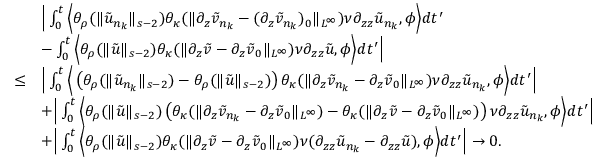
\begin{array} { r l } & { \Big | \int _ { 0 } ^ { t } \Big \langle \theta _ { \rho } ( \| \tilde { u } _ { n _ { k } } \| _ { s - 2 } ) \theta _ { \kappa } ( \| \partial _ { z } \tilde { v } _ { n _ { k } } - ( \partial _ { z } \tilde { v } _ { n _ { k } } ) _ { 0 } \| _ { L ^ { \infty } } ) \nu \partial _ { z z } \tilde { u } _ { n _ { k } } , \phi \Big \rangle d t ^ { \prime } } \\ & { - \int _ { 0 } ^ { t } \Big \langle \theta _ { \rho } ( \| \tilde { u } \| _ { s - 2 } ) \theta _ { \kappa } ( \| \partial _ { z } \tilde { v } - \partial _ { z } \tilde { v } _ { 0 } \| _ { L ^ { \infty } } ) \nu \partial _ { z z } \tilde { u } , \phi \Big \rangle d t ^ { \prime } \Big | } \\ { \leq } & { \Big | \int _ { 0 } ^ { t } \Big \langle \left( \theta _ { \rho } ( \| \tilde { u } _ { n _ { k } } \| _ { s - 2 } ) - \theta _ { \rho } ( \| \tilde { u } \| _ { s - 2 } ) \right) \theta _ { \kappa } ( \| \partial _ { z } \tilde { v } _ { n _ { k } } - \partial _ { z } \tilde { v } _ { 0 } \| _ { L ^ { \infty } } ) \nu \partial _ { z z } \tilde { u } _ { n _ { k } } , \phi \Big \rangle d t ^ { \prime } \Big | } \\ & { + \Big | \int _ { 0 } ^ { t } \Big \langle \theta _ { \rho } ( \| \tilde { u } \| _ { s - 2 } ) \left( \theta _ { \kappa } ( \| \partial _ { z } \tilde { v } _ { n _ { k } } - \partial _ { z } \tilde { v } _ { 0 } \| _ { L ^ { \infty } } ) - \theta _ { \kappa } ( \| \partial _ { z } \tilde { v } - \partial _ { z } \tilde { v } _ { 0 } \| _ { L ^ { \infty } } ) \right) \nu \partial _ { z z } \tilde { u } _ { n _ { k } } , \phi \Big \rangle d t ^ { \prime } \Big | } \\ & { + \Big | \int _ { 0 } ^ { t } \Big \langle \theta _ { \rho } ( \| \tilde { u } \| _ { s - 2 } ) \theta _ { \kappa } ( \| \partial _ { z } \tilde { v } - \partial _ { z } \tilde { v } _ { 0 } \| _ { L ^ { \infty } } ) \nu ( \partial _ { z z } \tilde { u } _ { n _ { k } } - \partial _ { z z } \tilde { u } ) , \phi \Big \rangle d t ^ { \prime } \Big | \to 0 . } \end{array}